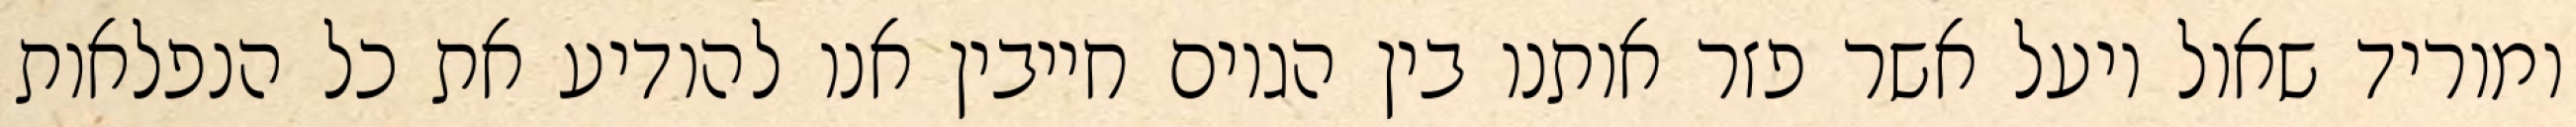
ומוריד שאול ויעל אשר פזר אותנו בין הגוים חייבין אנו להודיע את כל הנפלאות